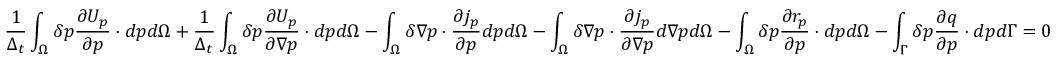
\frac { 1 } { \Delta _ { t } } \int _ { \Omega } { \delta p \frac { \partial U _ { p } } { \partial p } \cdot d p } d \Omega + \frac { 1 } { \Delta _ { t } } \int _ { \Omega } { \delta p \frac { \partial U _ { p } } { \partial \nabla p } \cdot d p } d \Omega - \int _ { \Omega } { \delta \nabla p \cdot \frac { \partial j _ { p } } { \partial p } d p } d \Omega - \int _ { \Omega } { \delta \nabla p \cdot \frac { \partial j _ { p } } { \partial \nabla p } d \nabla p } d \Omega - \int _ { \Omega } { \delta p \frac { \partial r _ { p } } { \partial p } \cdot d p } d \Omega - \int _ { \Gamma } { \delta p \frac { \partial q } { \partial p } \cdot d p } d \Gamma = 0